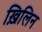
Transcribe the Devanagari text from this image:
ख़िलिन